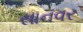
સાનવર